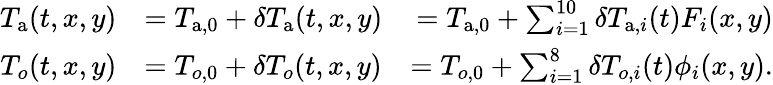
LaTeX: \begin{array}{rlr}{T_{\mathrm{a}}(t,x,y)}&{=T_{\mathrm{a},0}+\delta T_{\mathrm{a}}(t,x,y)}&{=T_{\mathrm{a},0}+\sum_{i=1}^{10}\delta T_{\mathrm{a},i}(t)F_{i}(x,y)}\\ {T_{o}(t,x,y)}&{=T_{o,0}+\delta T_{o}(t,x,y)}&{=T_{o,0}+\sum_{i=1}^{8}\delta T_{o,i}(t)\phi_{i}(x,y).}\end{array}